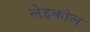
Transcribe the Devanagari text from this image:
लेइकोल